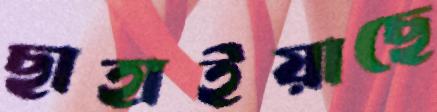
ছাহাইয়াছে